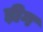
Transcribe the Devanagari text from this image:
ड़ीग